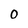
Character: 0